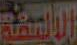
الالعظة